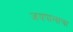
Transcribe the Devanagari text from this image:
जयपालाचा